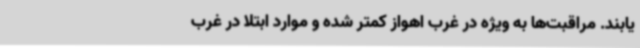
یابند. مراقبت‌ها به ویژه در غرب اهواز کمتر شده و موارد ابتلا در غرب